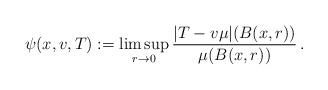
LaTeX: \begin{align*}\psi(x,v,T) := \limsup_{r\to 0} \frac{ |T-v\mu|(B(x,r)) }{ \mu(B(x,r)) }\, .\end{align*}